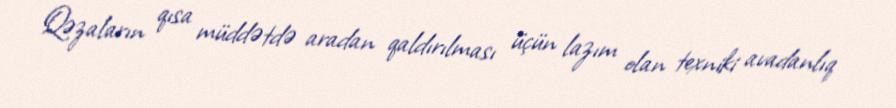
Qəzaların qısa müddətdə aradan qaldırılması üçün lazım olan texniki avadanlıq